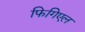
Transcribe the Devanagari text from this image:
फिगिएल